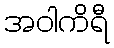
အဝါကိရီ